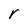
Character: r